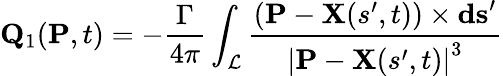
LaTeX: \mathbf{Q}_{1}(\mathbf{P},t)=-\frac{\Gamma}{4\pi}\int_{\mathcal{L}}\frac{\left(\mathbf{P}-\mathbf{X}(s^{\prime},t)\right)\times\mathbf{ds}^{\prime}}{\left|\mathbf{P}-\mathbf{X}(s^{\prime},t)\right|^{3}}